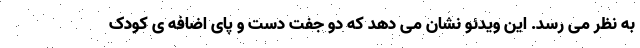
به نظر می رسد. این ویدئو نشان می دهد که دو جفت دست و پای اضافه ی کودک